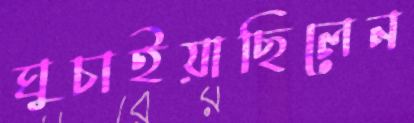
ঘুচাইয়াছিলেন